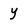
Character: y